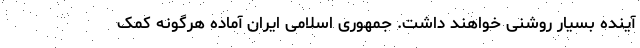
آینده بسیار روشنی خواهند داشت. جمهوری اسلامی ایران آماده هرگونه کمک